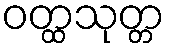
ဝတ္ထသုတ္တ